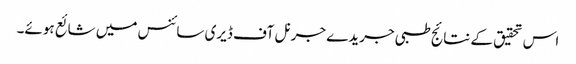
اس تحقیق کے نتائج طبی جریدے جرنل آف ڈیری سائنس میں شائع ہوئے۔